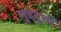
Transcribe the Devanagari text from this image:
मुडदुशी